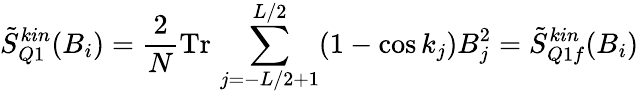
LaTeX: \tilde{S}_{Q1}^{kin}(B_{i})=\frac{2}{N}\mathrm{Tr}\, \sum_{j=-L/2+1}^{L/2}(1-\cos k_{j})B_{j}^{2}=\tilde{S}_{Q1f}^{kin}(B_{i})